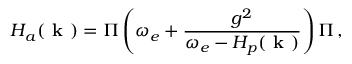
H _ { a } ( \textbf { k } ) = \Pi \left( \omega _ { e } + \frac { g ^ { 2 } } { \omega _ { e } - H _ { p } ( \textbf { k } ) } \right) \Pi \, ,